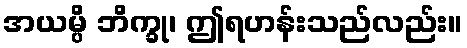
အယမ္ပိ ဘိက္ခု၊ ဤရဟန်းသည်လည်း။